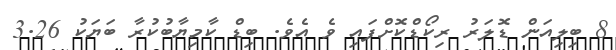
8 ބިލިއަން ޑޮލަރު ރިކޯޑްކޮށްފައި ވެ އެވެ. ބިޑް ކާމިޔާބުކުރާ ބަޔަކު 3.26